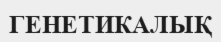
ГЕНЕТИКАЛЫҚ